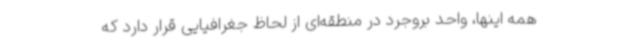
همه اینها، واحد بروجرد در منطقه‌ای از لحاظ جغرافیایی قرار دارد که